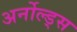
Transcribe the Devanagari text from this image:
अर्नोल्ड्स